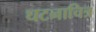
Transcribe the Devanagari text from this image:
घटनाचित्र